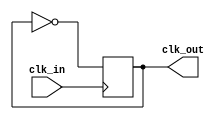
module master_clock_generator (
    input clk_in,
    output reg clk_out
);

always @(posedge clk_in) begin
    clk_out <= ~clk_out;
end

endmodule